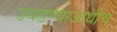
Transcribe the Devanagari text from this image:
उघडण्याआधीच